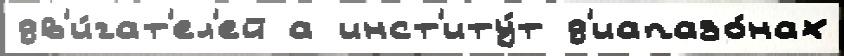
дв'и́гат'ел'ей а инст'иту́т д'иапазо́нах